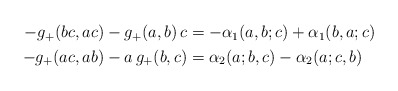
\begin{align*} \begin{aligned} -g_+(bc,ac) -g_+(a,b)\, c &= -\alpha_1(a,b;c) +\alpha_1(b,a;c) \\ -g_+(ac,ab) -a\, g_+(b,c) &= \alpha_2(a;b,c) -\alpha_2(a;c,b) \end{aligned}\end{align*}